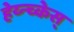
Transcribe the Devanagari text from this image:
हेय्न्च्केस्